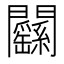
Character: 𨷱